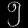
Digit: ၅